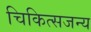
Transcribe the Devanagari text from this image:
चिकित्सजन्य